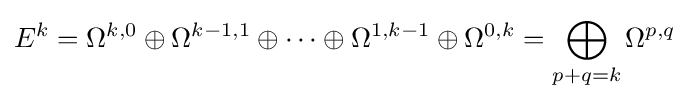
E^{k}=\Omega ^{k,0}\oplus \Omega ^{k-1,1}\oplus \dotsb \oplus \Omega ^{1,k-1}\oplus \Omega ^{0,k}=\bigoplus _{p+q=k}\Omega ^{p,q}